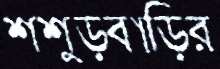
শ্বশুড়বাড়ির